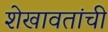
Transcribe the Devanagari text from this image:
शेखावतांची